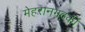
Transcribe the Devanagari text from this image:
मेहरानगढ़की